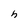
Character: h